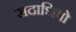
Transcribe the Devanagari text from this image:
सदाशिवो